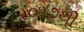
ર૦૧૭થી